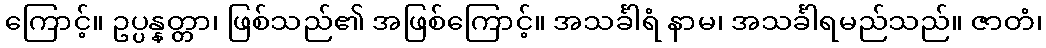
ကြောင့်။ ဥပ္ပန္နတ္တာ၊ ဖြစ်သည်၏ အဖြစ်ကြောင့်။ အသင်္ခါရံ နာမ၊ အသင်္ခါရမည်သည်။ ဇာတံ၊